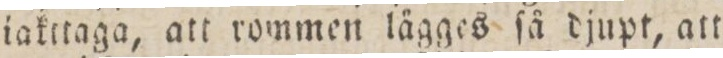
iakttaga, att rommen lägges ſå djupt, att